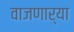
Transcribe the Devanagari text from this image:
वाजणार्‍या